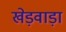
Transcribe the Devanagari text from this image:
खेड़वाड़ा